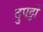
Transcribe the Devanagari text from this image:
दुपट्टों